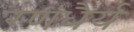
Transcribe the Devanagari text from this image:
रणधैर्य